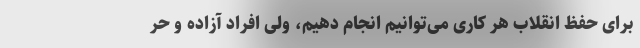
برای حفظ انقلاب هر کاری می‌توانیم انجام دهیم، ولی افراد آزاده و حر